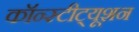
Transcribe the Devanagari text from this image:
कॉन्‍स्‍टीट्यूशन